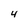
Character: 4